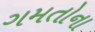
ગમતોના